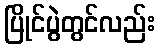
ပြိုင်ပွဲတွင်လည်း